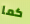
كما